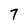
Character: 7